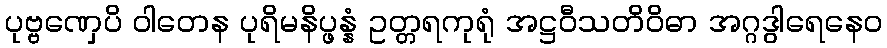
ပုဗ္ဗဏှေပိ ဝါတေန ပုရိမနိပ္ဖန္နံ ဥတ္တရကုရုံ အဋ္ဌဝီသတိဝိဓာ အဂ္ဂဒွါရေနေဝ